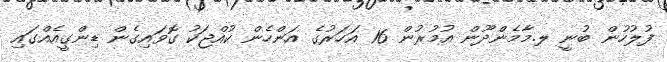
ފުލުހުން ބުނީ ލ.މާމެންދޫން އުމުރުން 16 އަހަރުގެ އަންހެން ކުއްޖަކު ގޮވައިގެން ޑިންގީއެއްގައި